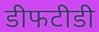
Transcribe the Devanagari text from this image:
डीफटीडी